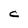
Character: C